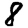
Digit: 8